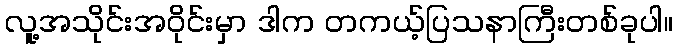
လူ့အသိုင်းအဝိုင်းမှာ ဒါက တကယ့်ပြသနာကြီးတစ်ခုပါ။